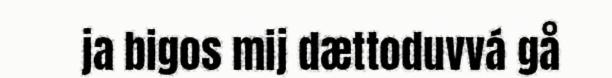
ja bigos mij dættoduvvá gå